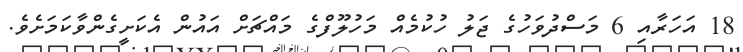
18 އަހަރާއި 6 މަސްދުވަހުގެ ޖަލު ހުކުމެއް މަހުލޫފްގެ މައްޗަށް އައުން އެކަށީގެންވާކަމަށެވެ.